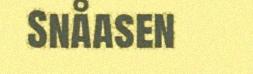
Snåasen